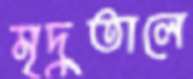
মৃদুতালে